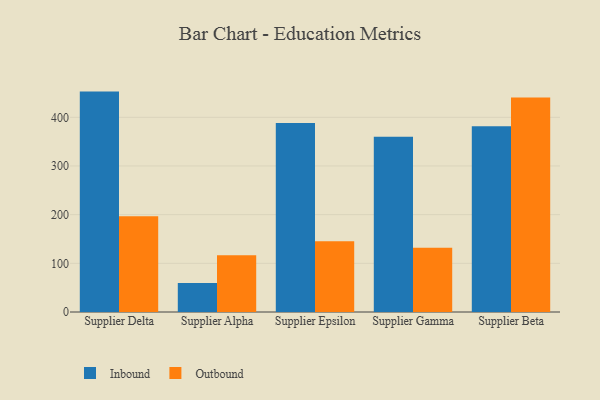
{"axis": {"x": "Supplier", "y": "Production Output"}, "legend": ["Inbound", "Outbound"], "data": [{"x": "Supplier Delta", "y": 452.8, "type": "Inbound"}, {"x": "Supplier Delta", "y": 196.6, "type": "Outbound"}, {"x": "Supplier Alpha", "y": 59.4, "type": "Inbound"}, {"x": "Supplier Alpha", "y": 116.5, "type": "Outbound"}, {"x": "Supplier Epsilon", "y": 388.3, "type": "Inbound"}, {"x": "Supplier Epsilon", "y": 145.5, "type": "Outbound"}, {"x": "Supplier Gamma", "y": 360.1, "type": "Inbound"}, {"x": "Supplier Gamma", "y": 132.1, "type": "Outbound"}, {"x": "Supplier Beta", "y": 381.4, "type": "Inbound"}, {"x": "Supplier Beta", "y": 440.7, "type": "Outbound"}]}